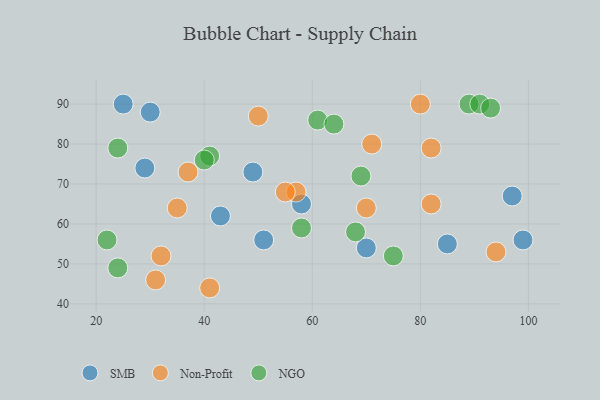
{"axis": {"x": "GDP", "y": "Life Expectancy"}, "legend": ["NGO", "Non-Profit", "SMB"], "data": [{"x": "51", "y": 56, "type": "SMB"}, {"x": "85", "y": 55, "type": "SMB"}, {"x": "49", "y": 73, "type": "SMB"}, {"x": "30", "y": 88, "type": "SMB"}, {"x": "70", "y": 54, "type": "SMB"}, {"x": "43", "y": 62, "type": "SMB"}, {"x": "58", "y": 65, "type": "SMB"}, {"x": "99", "y": 56, "type": "SMB"}, {"x": "25", "y": 90, "type": "SMB"}, {"x": "97", "y": 67, "type": "SMB"}, {"x": "29", "y": 74, "type": "SMB"}, {"x": "31", "y": 46, "type": "Non-Profit"}, {"x": "82", "y": 79, "type": "Non-Profit"}, {"x": "94", "y": 53, "type": "Non-Profit"}, {"x": "32", "y": 52, "type": "Non-Profit"}, {"x": "57", "y": 68, "type": "Non-Profit"}, {"x": "37", "y": 73, "type": "Non-Profit"}, {"x": "55", "y": 68, "type": "Non-Profit"}, {"x": "71", "y": 80, "type": "Non-Profit"}, {"x": "35", "y": 64, "type": "Non-Profit"}, {"x": "80", "y": 90, "type": "Non-Profit"}, {"x": "41", "y": 44, "type": "Non-Profit"}, {"x": "50", "y": 87, "type": "Non-Profit"}, {"x": "70", "y": 64, "type": "Non-Profit"}, {"x": "82", "y": 65, "type": "Non-Profit"}, {"x": "89", "y": 90, "type": "NGO"}, {"x": "58", "y": 59, "type": "NGO"}, {"x": "41", "y": 77, "type": "NGO"}, {"x": "75", "y": 52, "type": "NGO"}, {"x": "40", "y": 76, "type": "NGO"}, {"x": "61", "y": 86, "type": "NGO"}, {"x": "24", "y": 49, "type": "NGO"}, {"x": "22", "y": 56, "type": "NGO"}, {"x": "64", "y": 85, "type": "NGO"}, {"x": "91", "y": 90, "type": "NGO"}, {"x": "69", "y": 72, "type": "NGO"}, {"x": "68", "y": 58, "type": "NGO"}, {"x": "24", "y": 79, "type": "NGO"}, {"x": "93", "y": 89, "type": "NGO"}]}